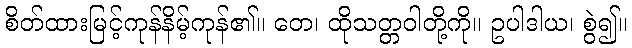
စိတ်ထားမြင့်ကုန်နိမ့်ကုန်၏။ တေ၊ ထိုသတ္တဝါတို့ကို။ ဥပါဒါယ၊ စွဲ၍။